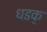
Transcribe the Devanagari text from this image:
धडक्